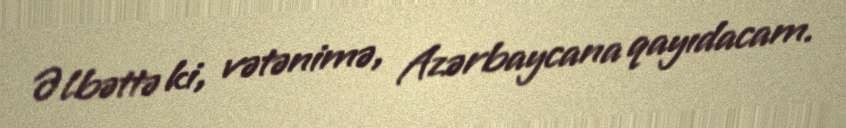
Əlbəttə ki, vətənimə, Azərbaycana qayıdacam.